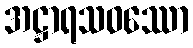
အဋ္ဌာရသဝဿော